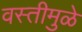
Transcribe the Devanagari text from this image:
वस्तीमुळे